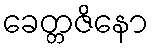
ခေတ္တဇိနော